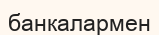
банкалармен